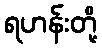
ရဟန်းတို့